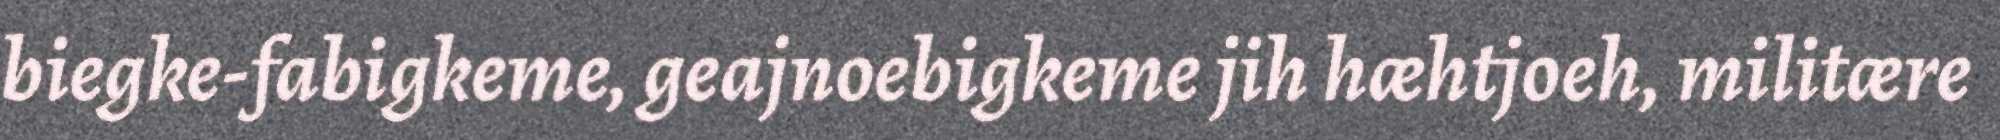
biegke-fabigkeme, geajnoebigkeme jih hæhtjoeh, militære